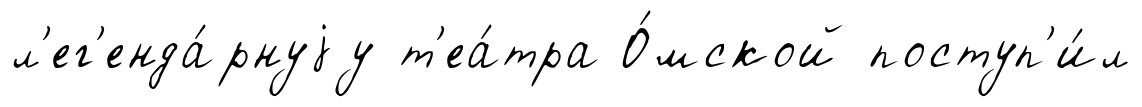
л'ег'енда́рнуjу т'еа́тра О́мской поступ'и́л